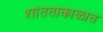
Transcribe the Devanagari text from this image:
शांतताकाळात